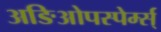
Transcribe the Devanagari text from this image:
अङिओपस्पेर्म्स्